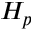
H _ { p }